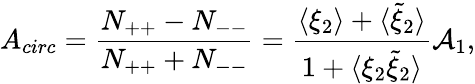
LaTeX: A_{circ}=\frac{N_{++}-N_{--}}{N_{++}+N_{--}}=\frac{\langle\xi_{2}\rangle+\langle\tilde{\xi}_{2}\rangle}{1+\langle\xi_{2}\tilde{\xi}_{2}\rangle}{\cal A}_{1},